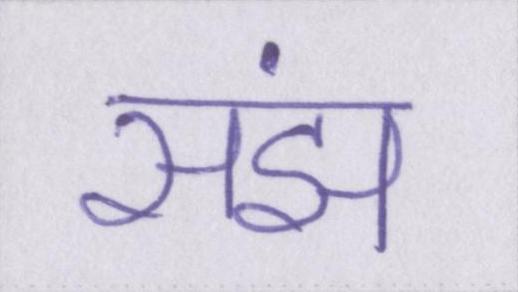
संझ